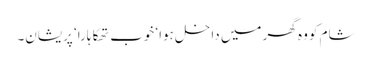
شام کو وہ گھر میں داخل ہوا‘ خوب تھکا ہارا‘ پریشان۔